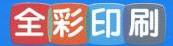
全彩印刷